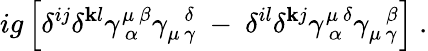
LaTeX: ig\left[\delta^{ij}\delta^{\mathbf{k}l}\gamma_{~\alpha}^{\mu~\beta}\gamma_{\mu\, \gamma}^{~~~\delta}~-~\delta^{il}\delta^{\mathbf{k}j}\gamma_{~\alpha}^{\mu~\delta}\gamma_{\mu\, \gamma}^{~~~\beta}\right]~.